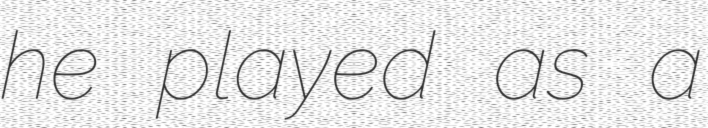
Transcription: he played as a